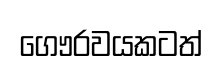
ගෞරවයකටත්